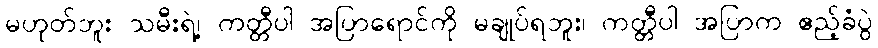
မဟုတ်ဘူး သမီးရဲ့၊ ကတ္တီပါ အပြာရောင်ကို မချုပ်ရဘူး၊ ကတ္တီပါ အပြာက ဧည့်ခံပွဲ